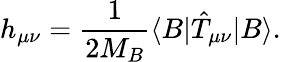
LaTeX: h_{\mu\nu}=\frac{1}{2M_{B}}\langle B|{\hat{T}}_{\mu\nu}|B\rangle{}.